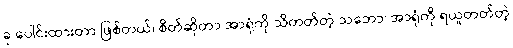
ခု ပေါင်းထားတာ ဖြစ်တယ်၊ စိတ်ဆိုတာ အာရုံကို သိတတ်တဲ့ သဘော၊ အာရုံကို ရယူတတ်တဲ့